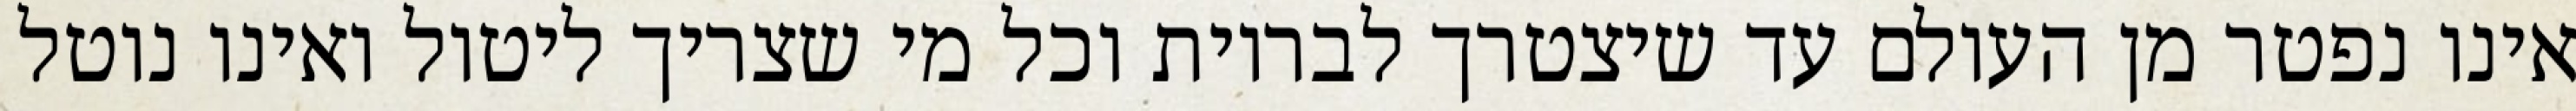
אינו נפטר מן העולם עד שיצטרך לבריות וכל מי שצריך ליטול ואינו נוטל